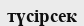
түсірсек